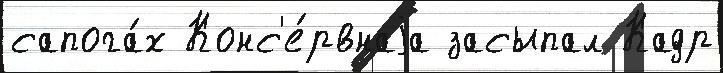
сапога́х Конс'е́рвнаjа засыпал Кадр